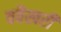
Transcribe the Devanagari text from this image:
ववैखरी